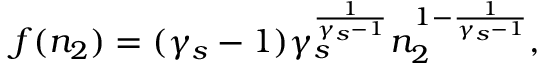
f ( n _ { 2 } ) = ( \gamma _ { s } - 1 ) \gamma _ { s } ^ { \frac { 1 } { \gamma _ { s } - 1 } } n _ { 2 } ^ { 1 - \frac { 1 } { \gamma _ { s } - 1 } } ,